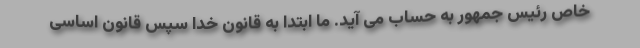
خاص رئیس جمهور به حساب می آید. ما ابتدا به قانون خدا سپس قانون اساسی